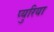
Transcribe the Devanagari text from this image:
प्युरिया